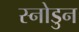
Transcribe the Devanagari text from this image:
स्नोडुन